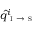
\hat { q } _ { \textsc { i } \to \textsc { s } } ^ { i }